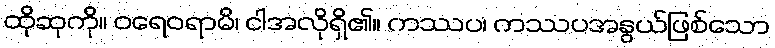
ထိုဆုကို။ ဝရေဝရာမိ၊ ငါအလိုရှိ၏။ ကဿပ၊ ကဿပအနွယ်ဖြစ်သော